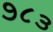
૭૮૩